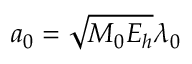
a _ { 0 } = \sqrt { M _ { 0 } E _ { h } } \lambda _ { 0 }